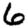
Digit: 6